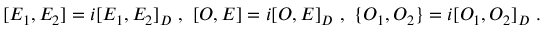
[ E _ { 1 } , E _ { 2 } ] = i [ E _ { 1 } , E _ { 2 } ] _ { D } ~ , ~ [ O , E ] = i [ O , E ] _ { D } ~ , ~ \{ O _ { 1 } , O _ { 2 } \} = i [ O _ { 1 } , O _ { 2 } ] _ { D } ~ .